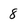
Character: 8